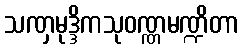
သဏှမုဒ္ဒိကသုဝဏ္ဏမဏ္ဍိတာ